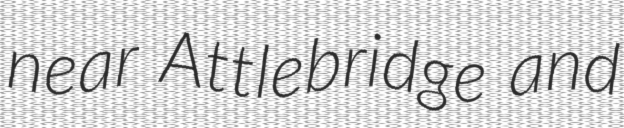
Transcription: near Attlebridge and